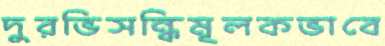
দুরভিসন্ধিমূলকভাবে